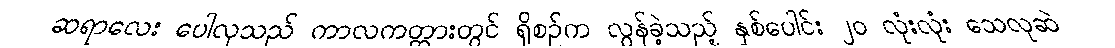
ဆရာလေး ပေါလုသည် ကာလကတ္တားတွင် ရှိစဉ်က လွန်ခဲ့သည့် နှစ်ပေါင်း ၂၀ လုံးလုံး သေလုဆဲ